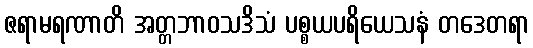
ဇရာမရဏာတိ အတ္တဘာဝသဒိသံ ပစ္စယပရိယေသနံ တဒေတရာ